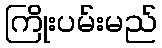
ကြိုးပမ်းမည်